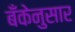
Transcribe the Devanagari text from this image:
बँकेनुसार